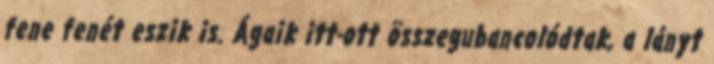
fene fenét eszik is. Ágaik itt-ott összegubancolódtak, a lányt